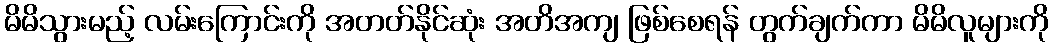
မိမိသွားမည့် လမ်းကြောင်းကို အတတ်နိုင်ဆုံး အတိအကျ ဖြစ်စေရန် တွက်ချက်ကာ မိမိလူများကို